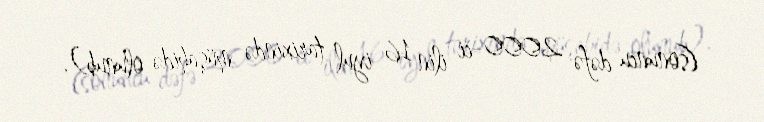
(sonuncu dəfə 2000-ci ilin 16 iyul tarixində müşahidə olunub).